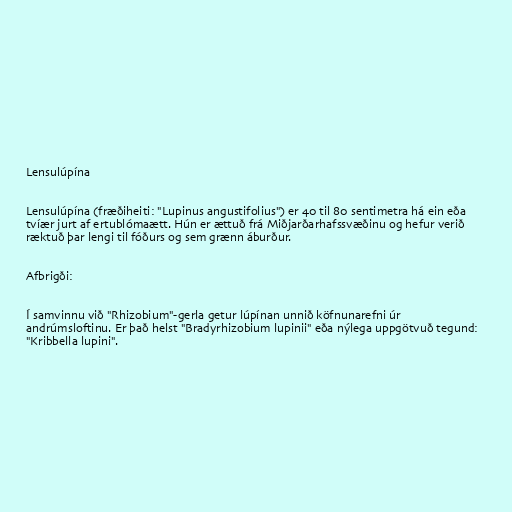
Lensulúpína

Lensulúpína (fræðiheiti: "Lupinus angustifolius") er 40 til 80 sentimetra há ein eða
tvíær jurt af ertublómaætt. Hún er ættuð frá Miðjarðarhafssvæðinu og hefur verið
ræktuð þar lengi til fóðurs og sem grænn áburður.

Afbrigði:

Í samvinnu við "Rhizobium"-gerla getur lúpínan unnið köfnunarefni úr
andrúmsloftinu. Er það helst "Bradyrhizobium lupinii" eða nýlega uppgötvuð tegund:
"Kribbella lupini".